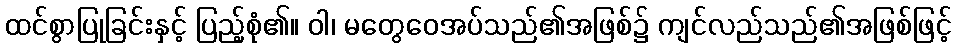
ထင်စွာပြုခြင်းနှင့် ပြည့်စုံ၏။ ဝါ၊ မတွေဝေအပ်သည်၏အဖြစ်၌ ကျင်လည်သည်၏အဖြစ်ဖြင့်